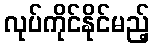
လုပ်ကိုင်နိုင်မည့်